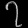
Digit: ၇